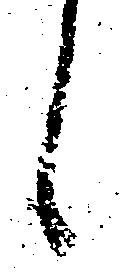
候